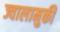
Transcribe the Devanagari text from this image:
ज्वालामुकी